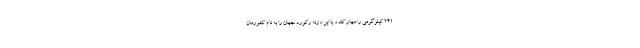
۲۴۱ کیلوگرمی را مهار کند و با این وزنه رکورد جهان را به نام کشورمان